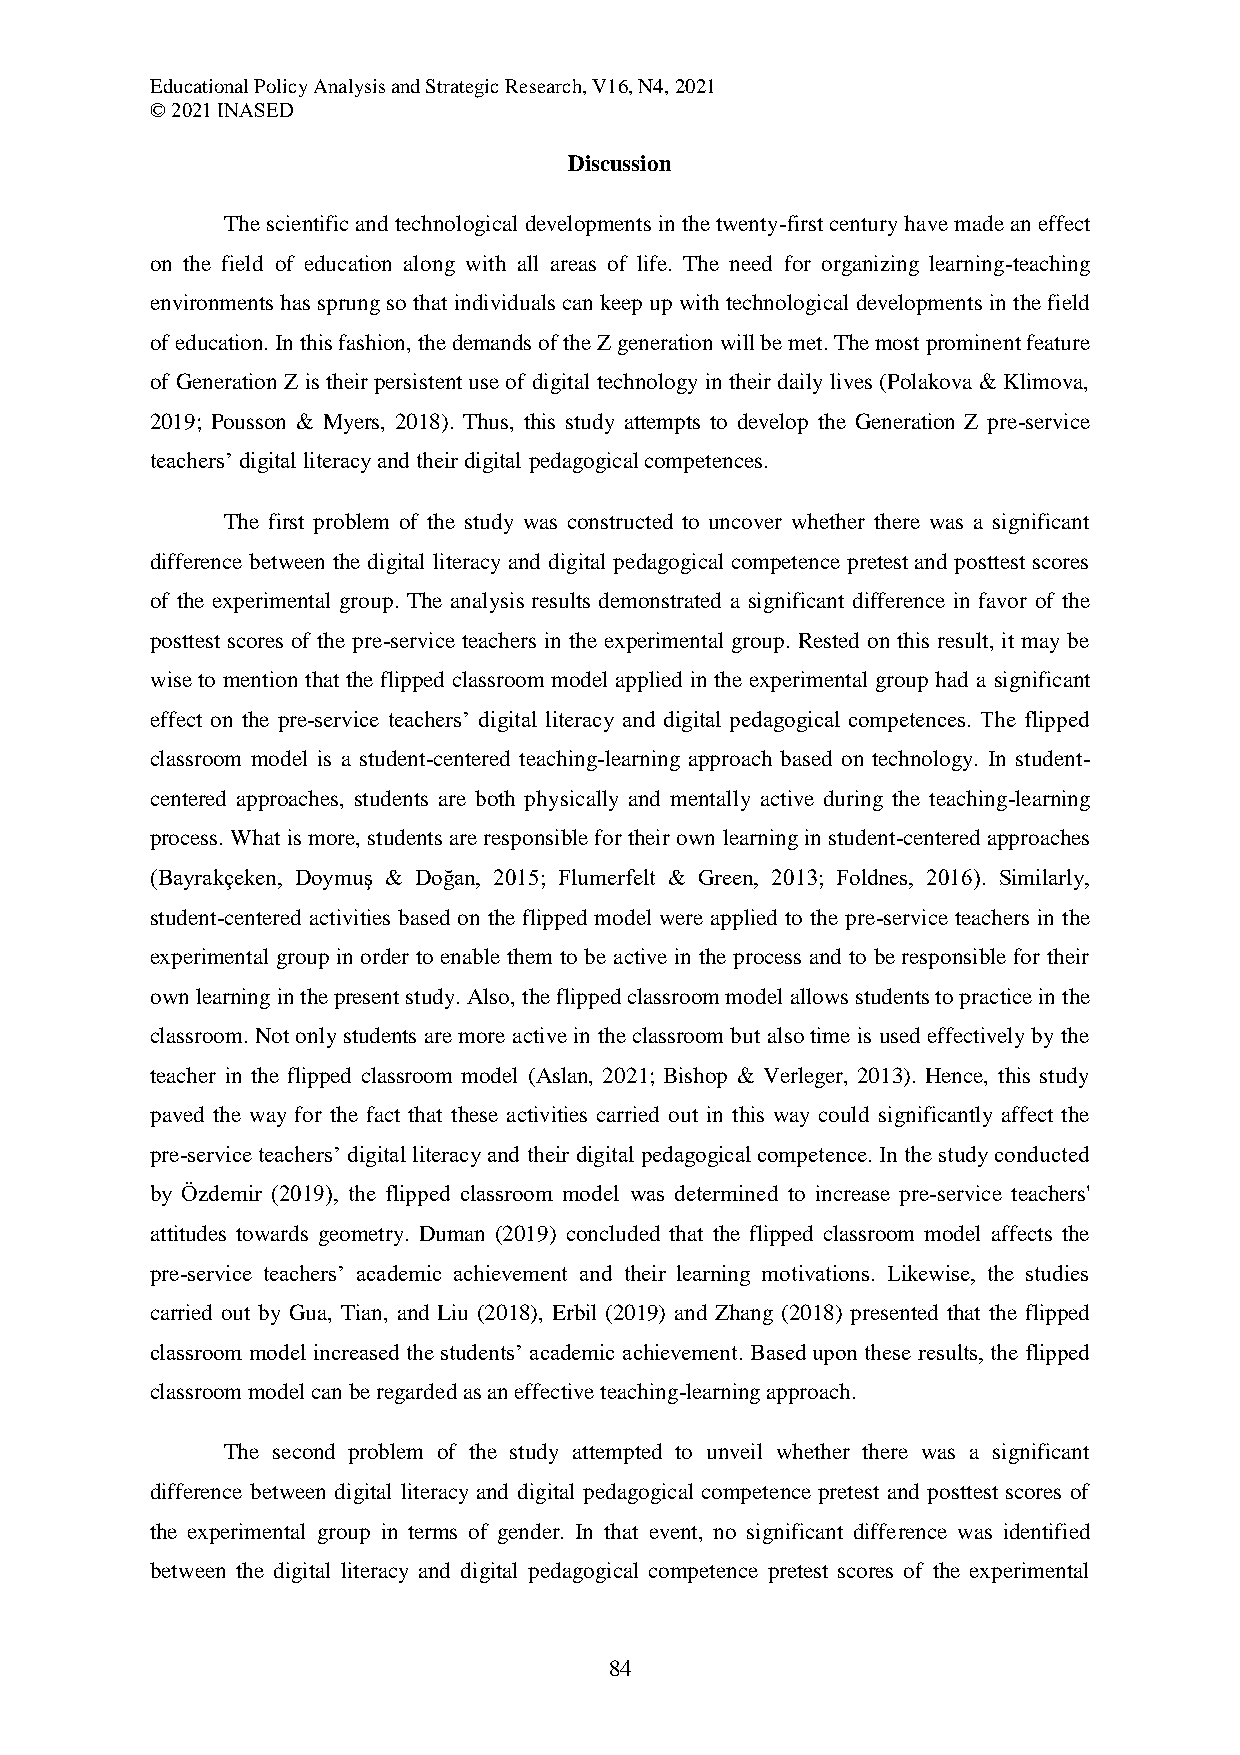
Educational Policy Analysis and Strategic Research, V16, N4, 2021
 © 2021 INASED
 Discussion
 The scientific and technological developments in the twenty-first century have made an effect
 on the field of education along with all areas of life. The need for organizing learning-teaching
 environments has sprung so that individuals can keep up with technological developments in the field
 of education. In this fashion, the demands of the Z generation will be met. The most prominent feature
 of Generation Z is their persistent use of digital technology in their daily lives (Polakova & Klimova,
 2019; Pousson & Myers, 2018). Thus, this study attempts to develop the Generation Z pre-service
 teachers’ digital literacy and their digital pedagogical competences.
 The first problem of the study was constructed to uncover whether there was a significant
 difference between the digital literacy and digital pedagogical competence pretest and posttest scores
 of the experimental group. The analysis results demonstrated a significant difference in favor of the
 posttest scores of the pre-service teachers in the experimental group. Rested on this result, it may be
 wise to mention that the flipped classroom model applied in the experimental group had a significant
 effect on the pre-service teachers’ digital literacy and digital pedagogical competences. The flipped
 classroom model is a student-centered teaching-learning approach based on technology. In student-
 centered approaches, students are both physically and mentally active during the teaching-learning
 process. What is more, students are responsible for their own learning in student-centered approaches
 (Bayrakçeken, Doymuş & Doğan, 2015; Flumerfelt & Green, 2013; Foldnes, 2016). Similarly,
 student-centered activities based on the flipped model were applied to the pre-service teachers in the
 experimental group in order to enable them to be active in the process and to be responsible for their
 own learning in the present study. Also, the flipped classroom model allows students to practice in the
 classroom. Not only students are more active in the classroom but also time is used effectively by the
 teacher in the flipped classroom model (Aslan, 2021; Bishop & Verleger, 2013). Hence, this study
 paved the way for the fact that these activities carried out in this way could significantly affect the
 pre-service teachers’ digital literacy and their digital pedagogical competence. In the study conducted
 by Özdemir (2019), the flipped classroom model was determined to increase pre-service teachers'
 attitudes towards geometry. Duman (2019) concluded that the flipped classroom model affects the
 pre-service teachers’ academic achievement and their learning motivations. Likewise, the studies
 carried out by Gua, Tian, and Liu (2018), Erbil (2019) and Zhang (2018) presented that the flipped
 classroom model increased the students’ academic achievement. Based upon these results, the flipped
 classroom model can be regarded as an effective teaching-learning approach.
 The second problem of the study attempted to unveil whether there was a significant
 difference between digital literacy and digital pedagogical competence pretest and posttest scores of
 the experimental group in terms of gender. In that event, no significant difference was identified
 between the digital literacy and digital pedagogical competence pretest scores of the experimental
 84